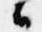
々